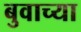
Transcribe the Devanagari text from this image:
बुवाच्या